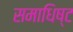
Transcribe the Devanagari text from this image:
समाधिष्ट